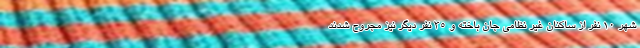
شهر 10 نفر از ساکنان غیر نظامی جان باخته و 35 نفر دیگر نیز مجروح شدند